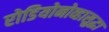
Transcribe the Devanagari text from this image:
रोडियोनोव्हासुद्धा